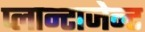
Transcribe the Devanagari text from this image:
प्लान्टाजेन्ट